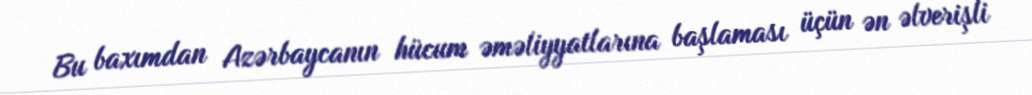
Bu baxımdan Azərbaycanın hücum əməliyyatlarına başlaması üçün ən əlverişli